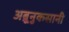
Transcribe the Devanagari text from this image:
अब्रूनुकसानी